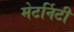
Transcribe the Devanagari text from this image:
मेटर्निटी